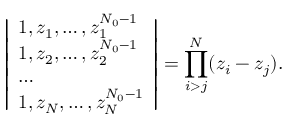
\left| \begin{array} { l } { 1 , z _ { 1 } , \dots , z _ { 1 } ^ { N _ { 0 } - 1 } } \\ { 1 , z _ { 2 } , \dots , z _ { 2 } ^ { N _ { 0 } - 1 } } \\ { \dots } \\ { 1 , z _ { N } , \dots , z _ { N } ^ { N _ { 0 } - 1 } } \end{array} \right| = \prod _ { i > j } ^ { N } ( z _ { i } - z _ { j } ) .